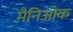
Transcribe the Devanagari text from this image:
मैनिओक